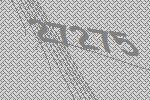
27275